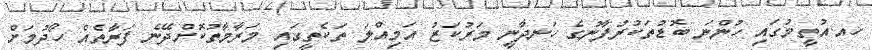
ހއ.އުތީމުގައި ހުންނަ ބޮޑުތަކުރުފާނުގެ ހަނދާނީ މަރުކަޒު އަމިއްލަ ތަކެތީގައި މަރާމާތުކޮށްދޭނެ ފަރާތެއް ހޯދުމަށް